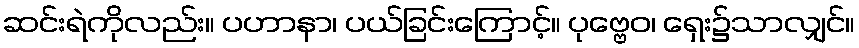
ဆင်းရဲကိုလည်း။ ပဟာနာ၊ ပယ်ခြင်းကြောင့်။ ပုဗ္ဗေဝ၊ ရှေး၌သာလျှင်။